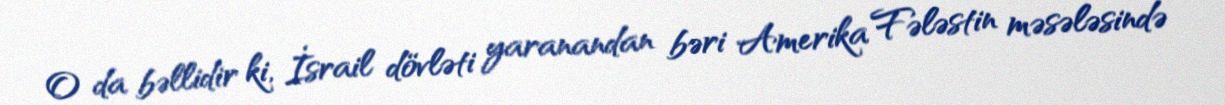
O da bəllidir ki, İsrail dövləti yaranandan bəri Amerika Fələstin məsələsində